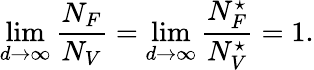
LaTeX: \operatorname*{lim}_{d\to\infty}\frac{N_{F}}{N_{V}}=\operatorname*{lim}_{d\to\infty}\frac{N_{F}^{\star}}{N_{V}^{\star}}=1.